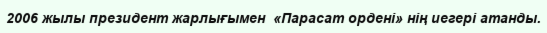
2006 жылы президент жарлығымен  «Парасат ордені» нің иегері атанды.